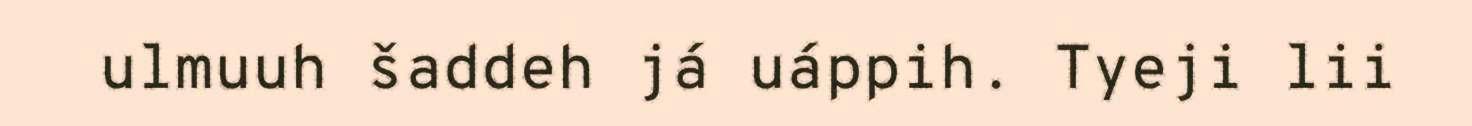
ulmuuh šaddeh já uáppih. Tyeji lii